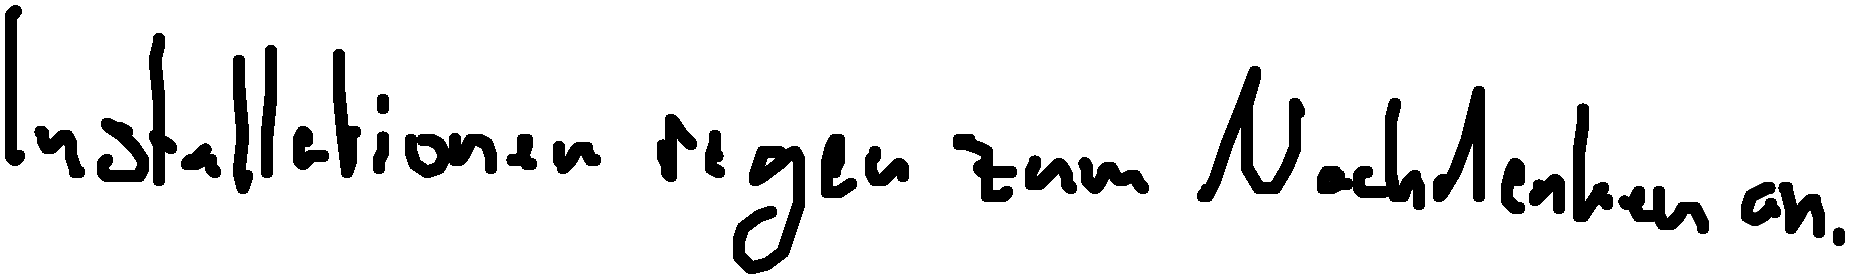
Installationen regen zum Nachdenken an.